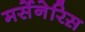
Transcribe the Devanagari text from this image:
मर्सेनेरिस़